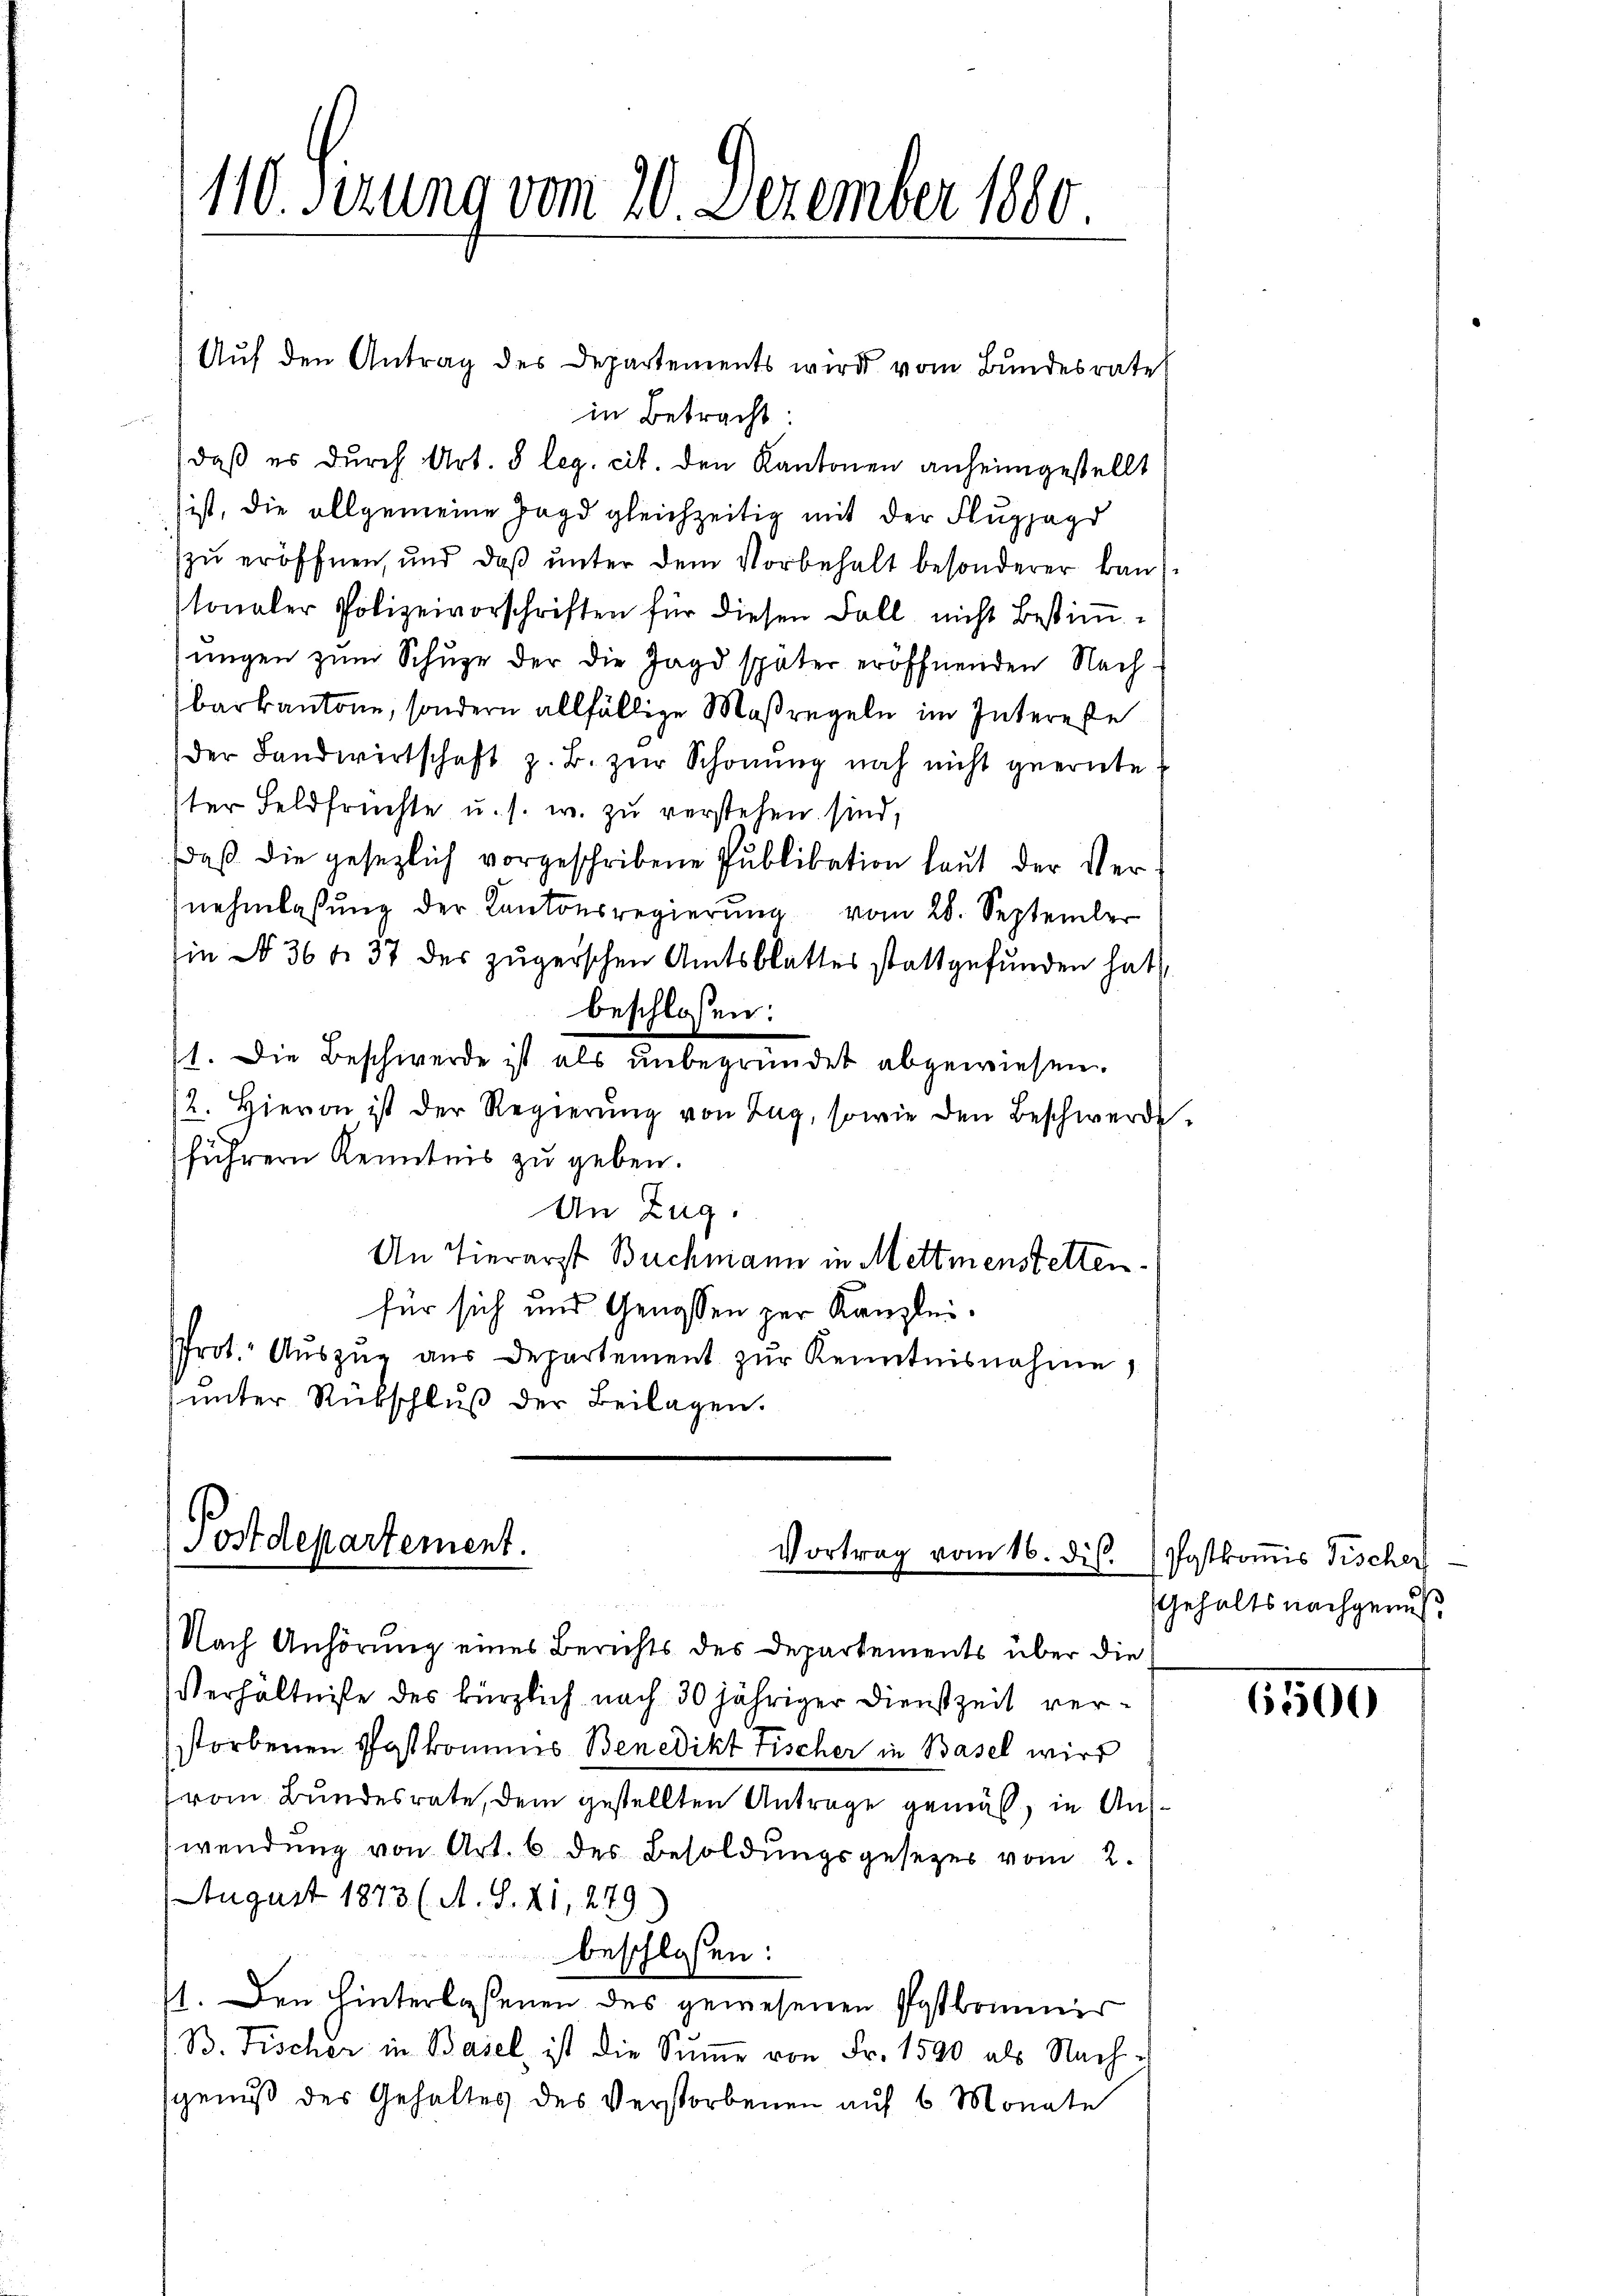
Auf den Antrag des Departements wird vom Bundesrate
in Betracht:
daß es durch Art. 5 leg. cit. den Kantonen anheimgestellt
ist, die allgemeine Jagd gleichzeitig mit der Flugpagd
zu eröffnen, und daß unter dem Vorbehalt besonderer kantonaler Polizeivorschriften für diesen Fall nicht bestimsŭngen zum Schuge der die Jagd später eröffnenden Nach-
barkantone, sondern allfällige Maßregeln im Interesse
der Landwirtschaft z. B. zur Schonung noch nicht geernte.
ter Feldfrüchte u. s. w. zu verstehen sind,
daß die gesezlich vorgeschribene Publikation laut der Vernehmlassung der Kantonsregierŭng vom 28. September
in No 36 f. 37 des zŭgerschen Amtsblattes stattgefunden hat,
beschlossen:
11. Die Beschwerde ist als unbegründet abgewiesen.
12. Hievon ist der Regierŭng von Zug, sowie den Beschwerde.
führern Kenntnis zu geben.
An Zug.
An Tierarzt Buchmann in Mettmenstetten.
für sich und Genossen zur Kanzlei.
Prot. Aŭszŭg aŭs departement zŭr Kenntnisnahme)
unter Rückschluß der Beilagen.

110. derung vom 20. Dezember 1880.

Postdepartement.
Vortrag vom 16. dis.

Nach Anhörung eines Berichts des Departements über die
Verhältnisse des kürzlich nach 30 jähriger Dienstzeit verstorbenen Postkommnis Benedikt Fischer in Basel wird
vom Bundesrate, dem gestellten Antrage gemäß, in Aus-
wendung von Art. 6 des Besoldungsgesezes vom 2.
August 1873 (A. S. 21, 279
beschlossen:
st. Den Hinterlassenen des gewesenen Postkommer
B. Fischer in Basel ist die Sŭṁe von Fr. 1590 als Nach-
gens des Gehaltes des Verstorbenen auf 6 Monate

Postkommis Tischef
Gehalts nachgenuß

6500